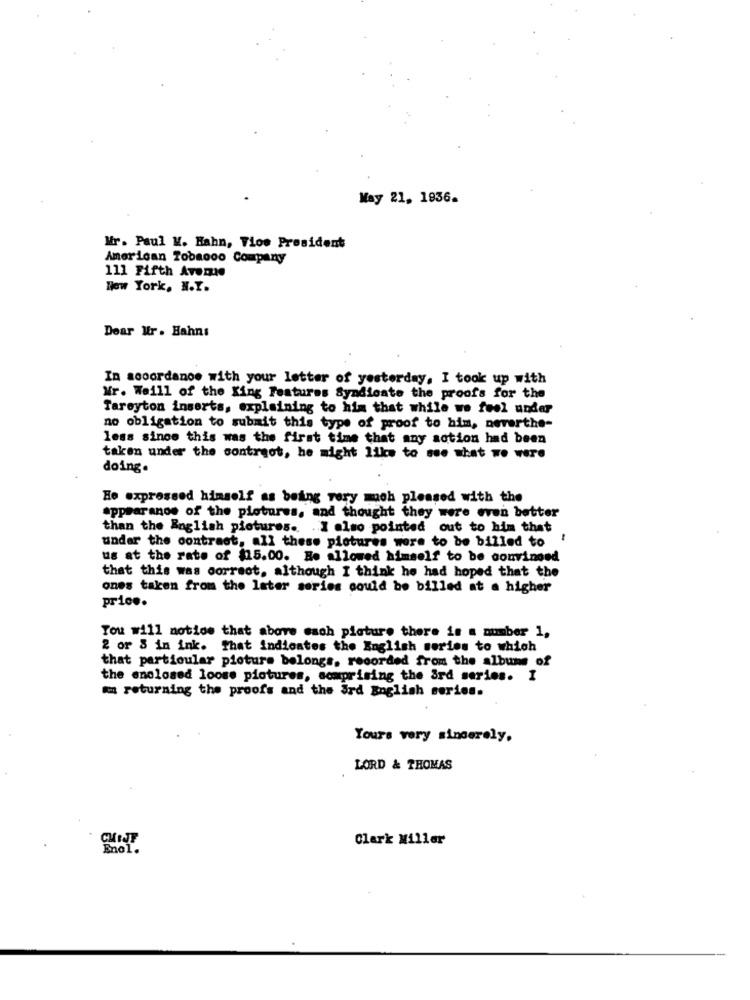
May 21, 1936.
Mr. Paul K. Hahn, Vice President
American Tobacco Company
111 Fifth Avenue
New York, N.Y.
Dear Mr . Hahns
In accordance with your letter of yesterday, I took up with
Mr. Weill of the Xing Features Syndicate the proofs for the
Tareyton inserts, explaining to him that while we feel under
no obligation to submit this type of proof to him, neverthe-
less since this was the first time that any action had been
taken under the contract, he might like to see what we were
doing.
Ho expressed himself as being very much pleased with the
appearance of the pictures, and thought they were even better
than the English pictures. I also pointed out to him that
under the contract, all these pictures were to be billed to '
us at the rate of $15.00. Be allowed himself to be convinced
that this was correct, although I think he had hoped that the
ones taken from the later series could be billed at a higher
price.
Tou will notice that above each picture there is a number 1,
2 or 8 in ink. That indicates the English series to which
that particular picture belongs, recorded from the albums of
the enclosed loose pictures, somprising the ard series. I
returning the proofs and the ard English series.
Yours very sincerely,
LORD & THOMAS
Clark Miller
Enol.